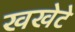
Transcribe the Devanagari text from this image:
खखेटे